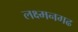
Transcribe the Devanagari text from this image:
लक्ष्मनगढ